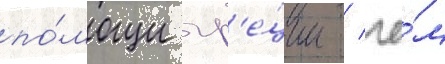
по́мощи гр'е́ции / че́м